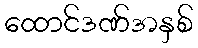
ထောင်ဒဏ်အနှစ်